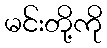
မင်းတို့ကို